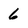
Character: 6